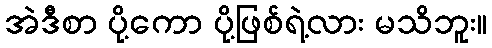
အဲဒီစာ ပို့ကော ပို့ဖြစ်ရဲ့လား မသိဘူး။